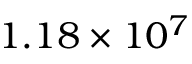
1 . 1 8 \times 1 0 ^ { 7 }